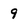
Character: 9